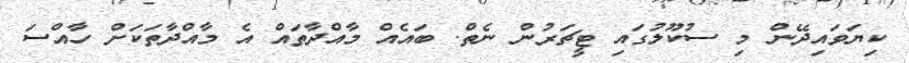
ކިޔަވައިދޭން މި ސުކޫލުގައި ޓީޗަރުން ނެތް. ބައެއް މާއްދާތައް އެ މާއްދާތަކަށް ހާއްސަ